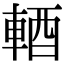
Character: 輏